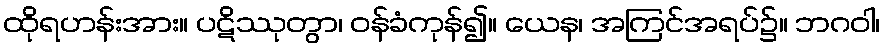
ထိုရဟန်းအား။ ပဋိဿုတွာ၊ ဝန်ခံကုန်၍။ ယေန၊ အကြင်အရပ်၌။ ဘဂဝါ၊